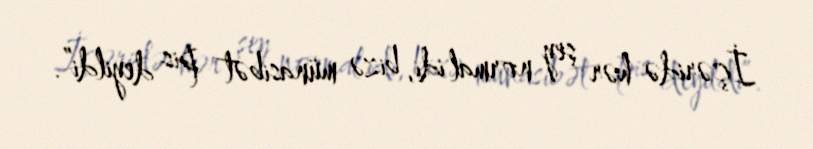
İçəridə hər şey normal idi, bizə münasibət pis deyildi”.